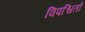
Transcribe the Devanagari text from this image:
विपश्चितों